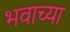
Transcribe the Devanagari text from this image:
भवाच्या